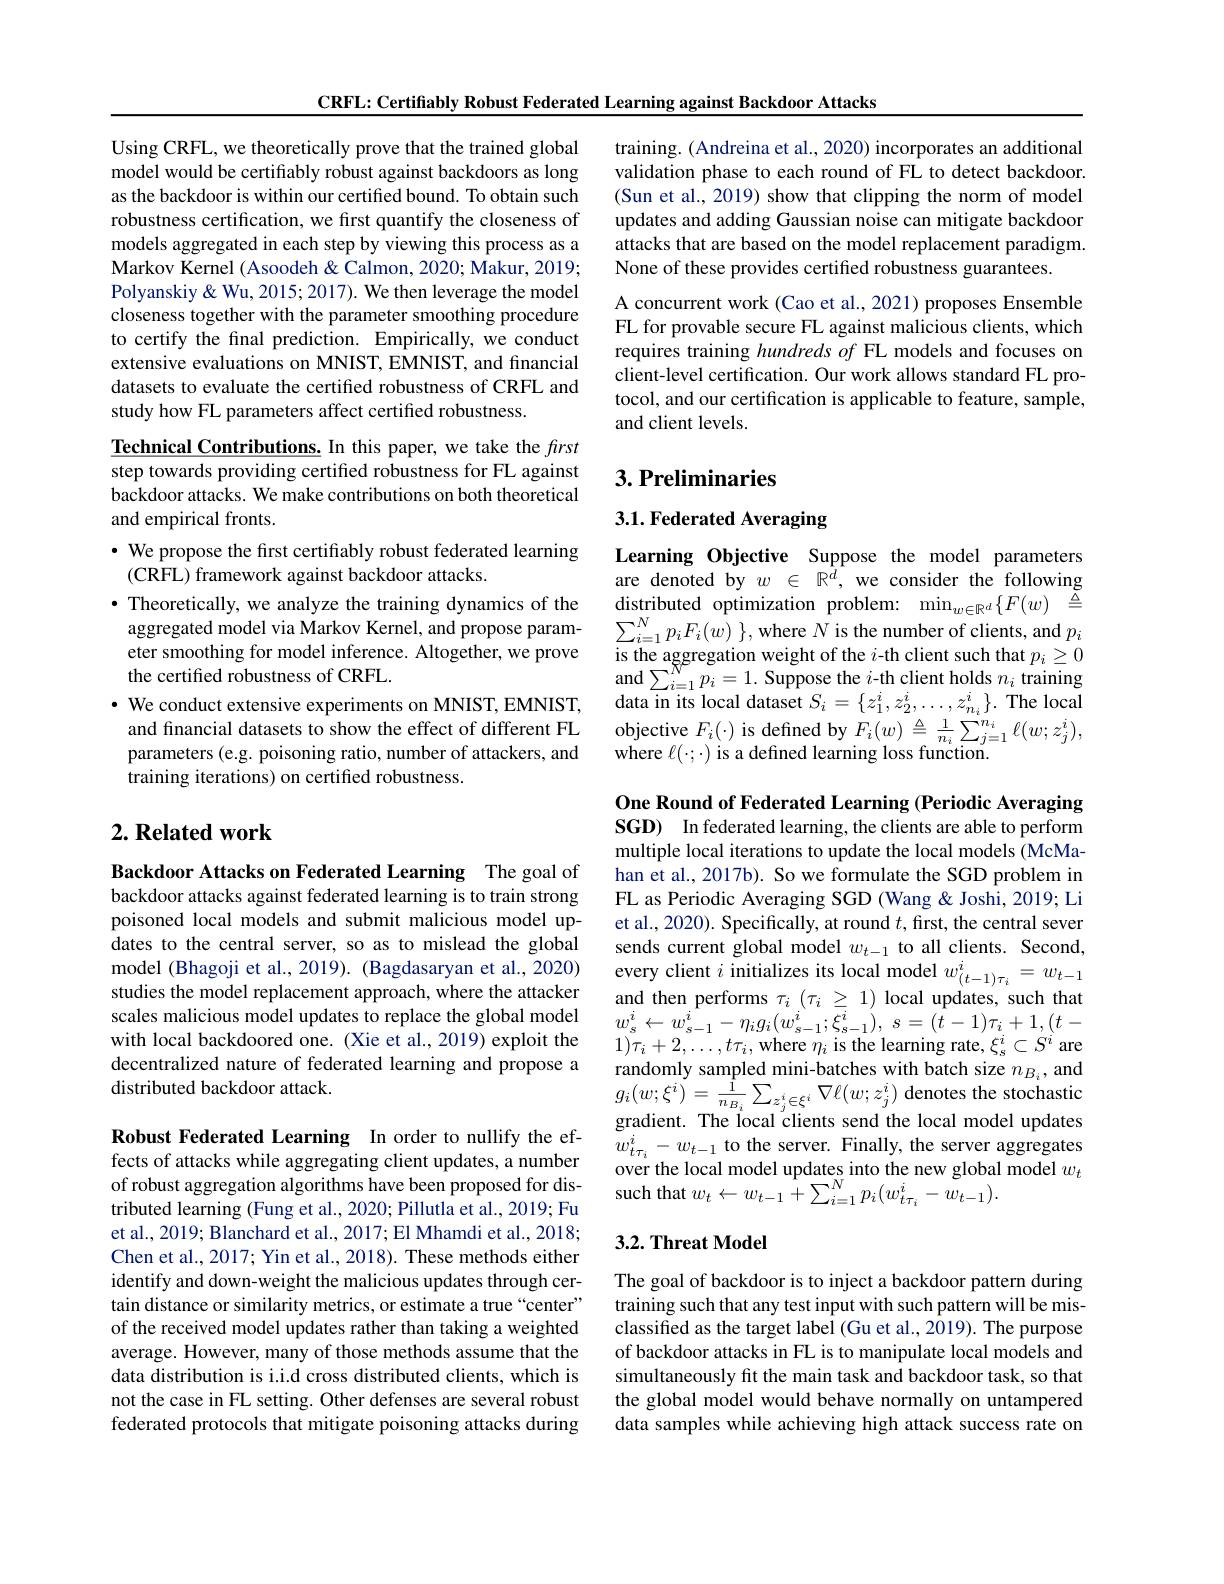
CRFL: Certifiably Robust Federated Learning against Backdoor Attacks

Using CRFL, we theoretically prove that the trained global model would be certifiably robust against backdoors as long as the backdoor is within our certified bound. To obtain such robustness certification, we first quantify the closeness of models aggregated in each step by viewing this process as a Markov Kernel (Asoodeh& Calmon, 2020; Makur, 2019; Polyanskiy & Wu, 2015; 2017). We then leverage the model closeness together with the parameter smoothing procedure to certify the final prediction. Empirically, we conduct extensive evaluations on MNIST, EMNIST, and financial datasets to evaluate the certified robustness of CRFL and study how FL parameters affect certified robustness.

$\underline{\textbf{Technical Contributions.}}$In this paper, we take the first step towards providing certified robustness for FL against backdoor attacks. We make contributions on both theoretical and empirical fronts.
· We propose the first certifiably robust federated learning
(CRFL) framework against backdoor attacks.
$\begin{aligned}\bullet&\text{Theoretically, we analyze the training dynamics of the}&\text{distributed optimization problem:}&\min_{w\in\mathbb{R}^d}\{F(w)&\triangleq\\&\text{aggregated model via Markov Kernel, and propose param-}&\sum_{i=1}^Np_iF_i(w)\},\text{where }N\text{ is the number of clients, and }p_i\\&\text{etrer mooth}\end{aligned}$
eter smoothing for model inference. Altogether, we prove
the certified robustness of CRFL.
$\cdot$ We conduct extensive experiments on MNIST, EMNIST, and financial datasets to show the effect of different FL parameters (e.g. poisoning ratio, number of attackers, and training iterations) on certified robustness.

## $2. \textbf{ Related work}$

Backdoor Attacks on Federated Learning The goal of backdoor attacks against federated learning is to train strong poisoned local models and submit malicious model updates to the central server, so as to mislead the global model (Bhagoji et al., 2019). (Bagdasaryan et al., 2020) studies the model replacement approach, where the attacker scales malicious model updates to replace the global model with local backdoored one. (Xie et al., 2019) exploit the decentralized nature of federated learning and propose a distributed backdoor attack.

Robust Federated Learning In order to nullify the effects of attacks while aggregating client updates, a number of robust aggregation algorithms have been proposed for distributed learning (Fung et al., 2020; Pillutla et al., 2019; Fu et al., 2019; Blanchard et al., 2017; El Mhamdi et al., 2018; Chen et al., 2017; Yin et al., 2018). These methods either identify and down-weight the malicious updates through certain distance or similarity metrics, or estimate a true “center” of the received model updates rather than taking a weighted average. However, many of those methods assume that the data distribution is i.i.d cross distributed clients, which is not the case in FL setting. Other defenses are several robust federated protocols that mitigate poisoning attacks during

training. (Andreina et al., 2020) incorporates an additional validation phase to each round of FL to detect backdoor. (Sun et al., 2019) show that clipping the norm of model updates and adding Gaussian noise can mitigate backdoor attacks that are based on the model replacement paradigm. None of these provides certified robustness guarantees.
A concurrent work (Cao et al., 2021) proposes Ensemble FL for provable secure FL against malicious clients, which requires training hundreds of FL models and focuses on client-level certification. Our work allows standard FL protocol, and our certification is applicable to feature, sample, and client levels.

## $3. \textbf{Preliminaries}$

# 3.1. Federated Averaging

Learning Objective Suppose the model parameters are denoted by $w\in\mathbb{R}^d$, we consider the following is the aggregation weight of the $i$-th client such that $p_i\geq0$ and$\sum_i=1^{N}p_{i}=1.$ Suppose the $i$-th client holds $n_i$ training data in its local dataset $S_i=\{z_1^i,z_2^i,\ldots,z_{n_i}^i\}.$ The local $\begin{array}{l}{\mathrm{objective~}F_{i}(\cdot)\mathrm{~is~defined~by~}F_{i}(w)\triangleq\frac{1}{n_{i}}\sum_{j=1}^{n_{i}}\ell(w;z_{j}^{i}),}\\{\mathrm{where~}\ell(\cdot;\cdot)\mathrm{~is~a~defined~learning~loss~function.}}\end{array}$

One Round of Federated Learning (Periodic Averaging SGD) In federated learning, the clients are able to perform multiple local iterations to update the local models (McMahan et al., 2017b). So we formulate the SGD problem in FL as Periodic Averaging SGD (Wang & Joshi, 2019; Li et al., 2020). Specifically, at round $t$, first, the central sever sends current global model $w_{t-1}$ to all clients. Second, every client $i$ initializes its local model $w_{(t-1)\tau_i}^i=w_{t-1}$ and then performs $\tau_i(\tau_i\geq1)$ local updates, such that $w_{s}^{i}\leftarrow w_{s- 1}^{i}- \eta _{i}g_{i}( w_{s- 1}^{i}; \overline {\xi }_{s- 1}^{i}) $, $s= ( \dot{t} - 1) \tau _{i}+ 1, ( t-$ $1)\tau_{i}+2,\ldots,t\tau_{i}$, where $\eta_{i}$ is the learning rate, $\xi_{\mathrm{s}}^{i}\subset S^{i}$ are randomly sampled mini-batches with batch size $n_{B_i}$, and $g_{i}(w;\xi^{i})=\frac{1}{n_{B_{i}}}\sum_{z_{j}^{i}\in\xi^{i}}\nabla\ell(w;z_{j}^{i})$ denotes the stochastic gradient. The local clients send the local model updates $w_{t\tau_{i}}^{i}-w_{t-1}$ to the server. Finally, the server aggregates over the local model updates into the new global model $w_t$ such that $w_{t}\leftarrow w_{t-1}+\sum_{i=1}^{N}p_{i}(w_{t\tau_{i}}^{i}-w_{t-1}).$

## 3.2. Threat Model

The goal of backdoor is to inject a backdoor pattern during training such that any test input with such pattern will be misclassified as the target label (Gu et al., 2019). The purpose of backdoor attacks in FL is to manipulate local models and simultaneously fit the main task and backdoor task, so that the global model would behave normally on untampered data samples while achieving high attack success rate on